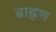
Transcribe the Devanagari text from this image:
ब्राह्रण